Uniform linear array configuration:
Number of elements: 24
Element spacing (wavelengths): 0.75
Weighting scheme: kaiser
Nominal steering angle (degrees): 30
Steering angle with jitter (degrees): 28.594
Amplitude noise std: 0.05
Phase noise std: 0.05

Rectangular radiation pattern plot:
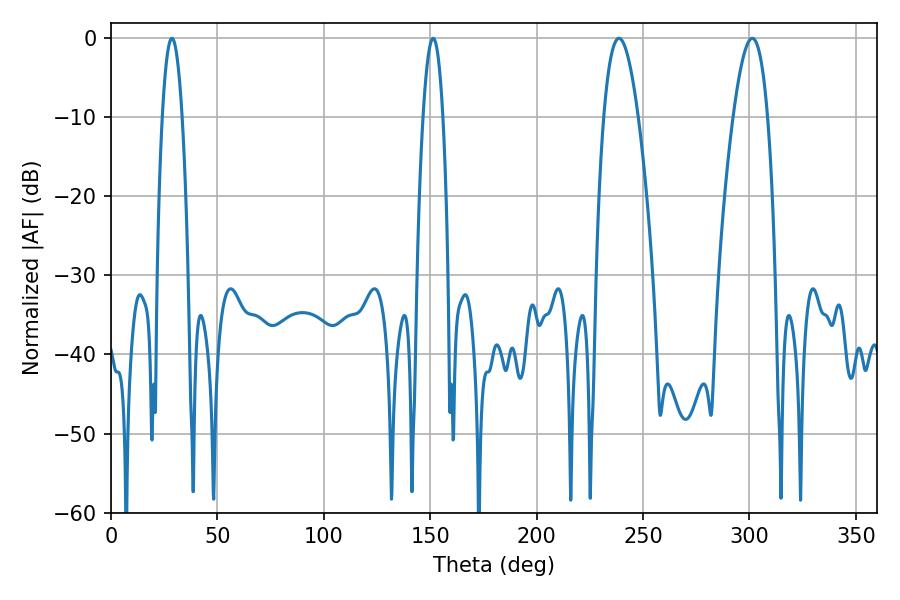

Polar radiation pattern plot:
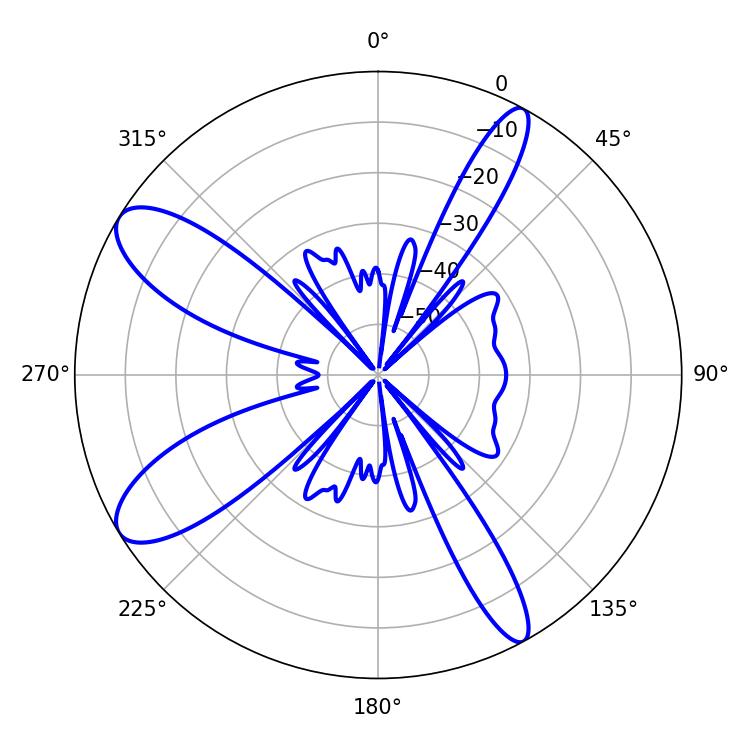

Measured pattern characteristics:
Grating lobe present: TRUE
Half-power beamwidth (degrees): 8.82
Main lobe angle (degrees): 238.68